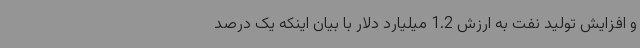
و افزایش تولید نفت به ارزش 1.2 میلیارد دلار با بیان اینکه یک درصد